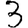
Digit: 3